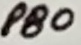
Text: PB0